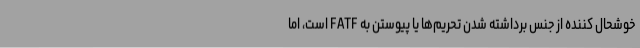
خوشحال کننده از جنس برداشته شدن تحریم‌ها یا پیوستن به FATF است، اما